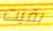
بقيت